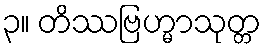
၃။ တိဿဗြဟ္မာသုတ္တ